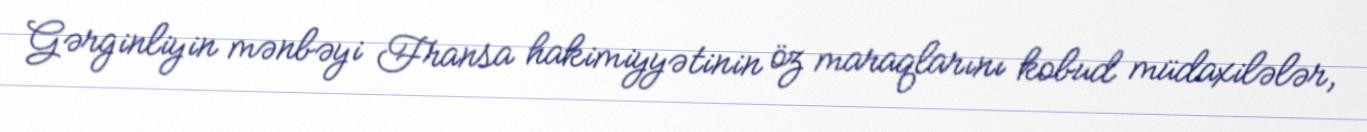
Gərginliyin mənbəyi Fransa hakimiyyətinin öz maraqlarını kobud müdaxilələr,